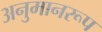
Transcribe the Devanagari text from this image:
अनुमानरूप